Mental hospitals Bombay report 1921-28 - 1921-1928
Year: 1921
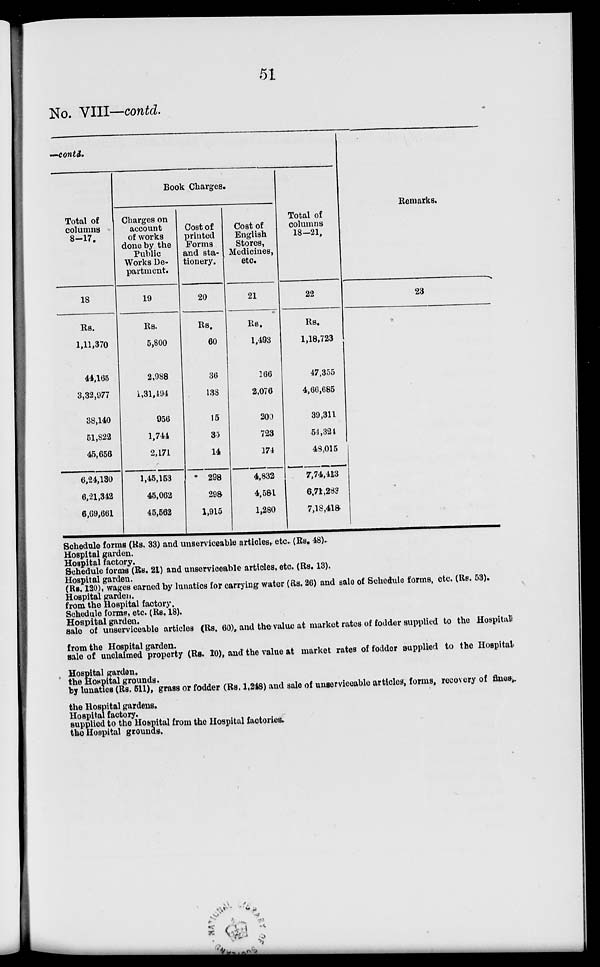
51
No. VIII—contd.
-contd.
Total of
columns
8-17.
18
Rs.
1,11,370
44,165
3,32,977
38,140
51,822
45,656
6,24,130
6,21,342
6,69,661
Book Charges.
Charges on
account
of works
done by the
Public
Works De-
partment.
19
Rs.
5,800
2,988
1,31,494
956
1,744
2,171
1,45,153
45,062
45,562
Cost of
printed
Forms
and sta-
tionery.
20
Rs.
60
36
138
15
35
14
298
298
1,915
Cost of
English
Stores,
Medicines,
etc.
21
Rs.
1,493
166
2,076
200
723
174
4,832
4,581
1,280
Total of
columns
18-21,
22
Rs.
1,18,723
47,355
4,66,685
39,311
54,324
48,015
7,74,413
6,71,283
7,18,418
Remarks.
23
Schedule forms (Rs. 33) and unserviceable articles, etc. (Rs. 48).
Hospital garden.
Hospital factory.
Schedule forms (Rs. 21) and unserviceable articles, etc. (Rs. 13).
Hospital garden.
(Rs. 120), wages earned by lunatics for carrying water (Rs. 26) and sale of Schedule forms, etc. (Rs. 53).
Hospital garden.
from the Hospital factory.
Schedule forms, etc. (Rs. 18).
Hospital garden.
sale of unserviceable articles (Rs. 60), and the value at market rates of fodder supplied to the Hospital
from the Hospital garden.
sale of unclaimed property (Rs. 10), and the value at market rates of fodder supplied to the Hospital
Hospital garden.
the Hospital grounds.
by lunatics (Rs. 511), grass or fodder (Rs. 1,248) and sale of unserviceable articles, forms, recovery of fines,
the Hospital gardens.
Hospital factory.
supplied to the Hospital from the Hospital factories.
the Hospital grounds.